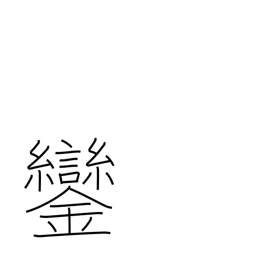
Meaning: bells on emperor's carriage